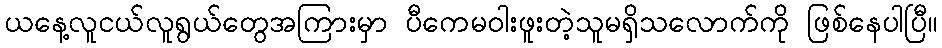
ယနေ့လူငယ်လူရွယ်တွေအကြားမှာ ပီကေမဝါးဖူးတဲ့သူမရှိသလောက်ကို ဖြစ်နေပါပြီ။